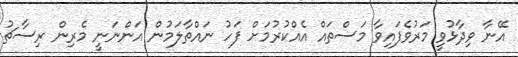
އޭނާ ވިދާޅުވީ މަރުވެފައިވާ މަސްތައް އެއްކުރުމަށް ފަހު ނައްތާލަމުން އަންނަނީ މެރިން ރިސާޗު